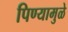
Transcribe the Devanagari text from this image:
पिण्यामुळे